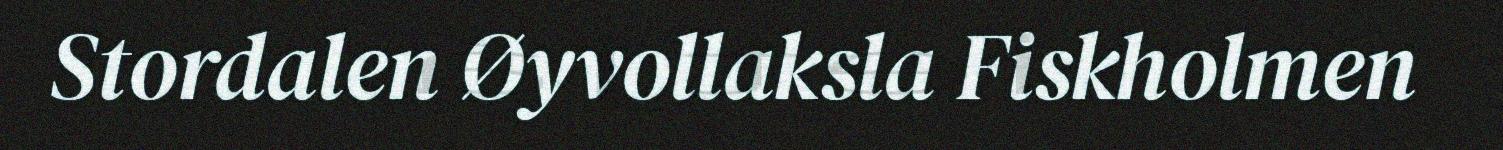
Stordalen Øyvollaksla Fiskholmen